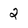
Character: 2